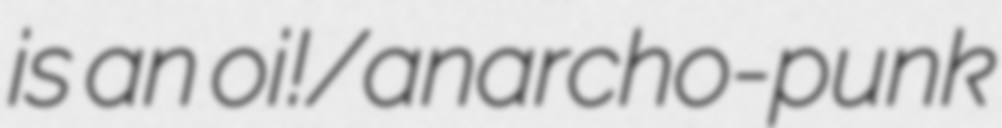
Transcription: is an oi!/anarcho-punk